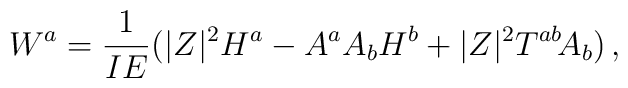
W^a = \frac{1}{IE} \big( |Z|^2 H^a -  A^a A_b H^b + |Z|^2 T^{ab}\!	A_b \big)\, ,